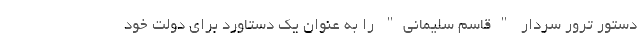
دستور ترور سردار "قاسم سلیمانی" را به عنوان یک دستاورد برای دولت خود